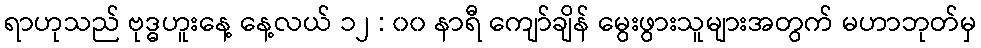
ရာဟုသည် ဗုဒ္ဓဟူးနေ့ နေ့လယ် ၁၂ : ၀၀ နာရီ ကျော်ချိန် မွေးဖွားသူများအတွက် မဟာဘုတ်မှ